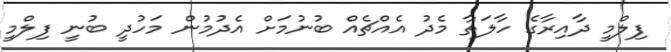
ފިލްމީ ދާއިރާގެ ހާލަތާ މެދު އެއްޗެއް ބުނުމަށް އެދުމުން މަހުދީ ބުނީ ފިލްމީ